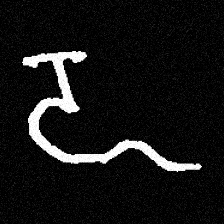
Pyu character \u2014 Myanmar letter: ဍ (romanized: dda)